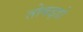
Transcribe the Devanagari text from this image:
तोकइडो